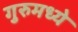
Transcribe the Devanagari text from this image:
गुरुमध्ये